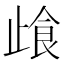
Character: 𰙰